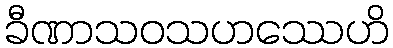
ခီဏာသဝသဟဿေဟိ